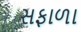
સફાળા